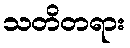
သတိတရား